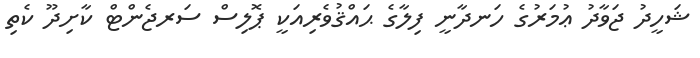
ޝަހީދު ޖަވާދު ޢުމަރުގެ ހަނދާނީ ފިލާގެ ޙައްޤުވެރިއަކީ ޕޮލިސް ސަރޖެންޓް ކާށިދޫ ކެތި